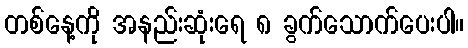
တစ်နေ့ကို အနည်းဆုံးရေ ၈ ခွက်သောက်ပေးပါ။